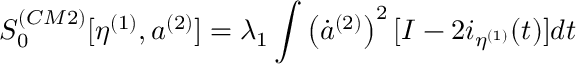
S _ { 0 } ^ { ( C M 2 ) } [ \eta ^ { ( 1 ) } , a ^ { ( 2 ) } ] = \lambda _ { 1 } \int \left( \dot { a } ^ { ( 2 ) } \right) ^ { 2 } [ I - 2 i _ { \eta ^ { ( 1 ) } } ( t ) ] d t